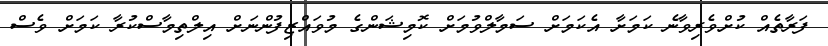
ފަރާތެއް ކުށްވެރިވާނެ ކަމަށާ އެކަމަށް ސަމާލްވުމަށް ކޮމިޝަންގެ މުވައްޒިފުންނަށް އިލްތިމާސްކުރާ ކަމަށް ވެސް